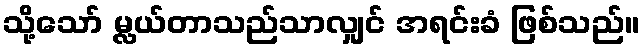
သို့သော် မ္လယ်တာသည်သာလျှင် အရင်းခံ ဖြစ်သည်။